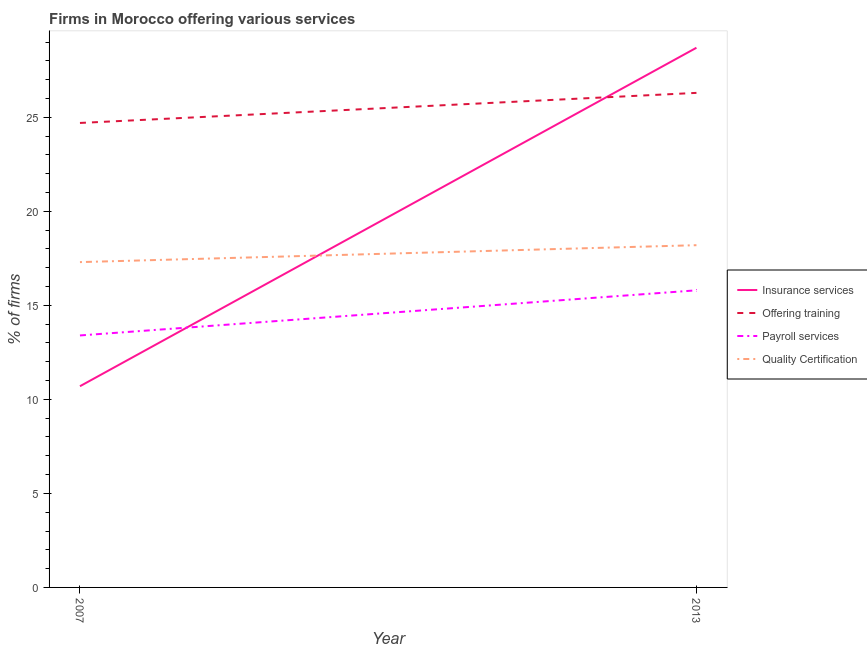
| Year | Insurance services | Offering training | Payroll services | Quality Certification |
 | --- | --- | --- | --- | --- |
 | 2007 | 10.7 | 24.7 | 13.4 | 17.3 |
 | 2013 | 28.7 | 26.3 | 15.8 | 18.2 |